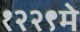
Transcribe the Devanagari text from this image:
१२२९मे